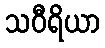
သဝီရိယာ